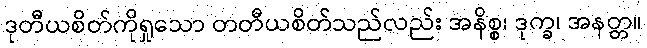
ဒုတီယစိတ်ကိုရှုသော တတီယစိတ်သည်လည်း အနိစ္စ၊ ဒုက္ခ၊ အနတ္တ။